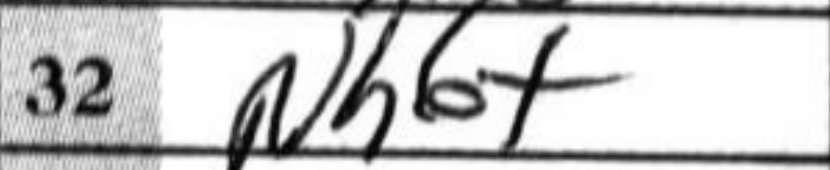
Transcription: Nh6+